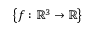
\left\lbrace f : \mathbb { R } ^ { 3 } \to \mathbb { R } \right\rbrace